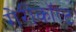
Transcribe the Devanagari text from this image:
गेरीकॉल्ट